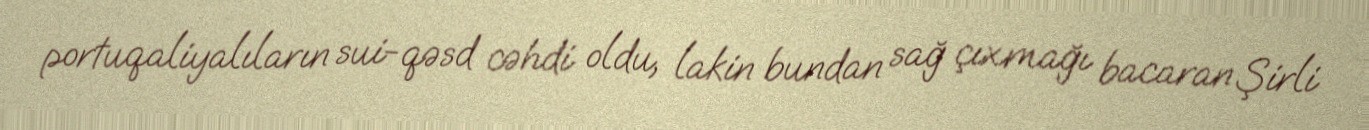
portuqaliyalıların sui-qəsd cəhdi oldu, lakin bundan sağ çıxmağı bacaran Şirli